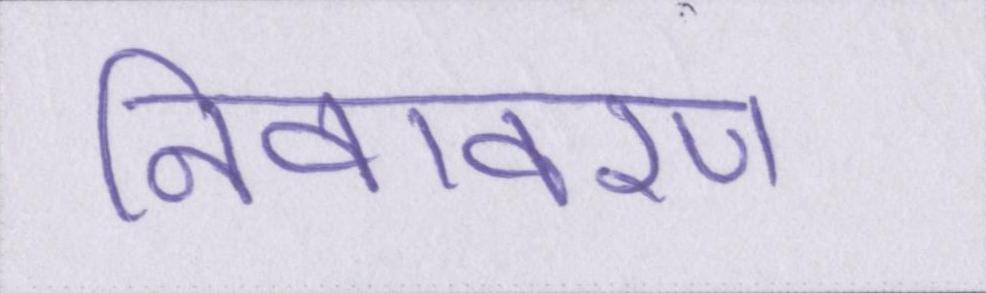
निवावरण